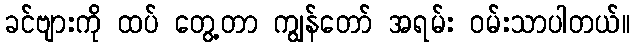
ခင်ဗျားကို ထပ် တွေ့တာ ကျွန်တော် အရမ်း ဝမ်းသာပါတယ်။